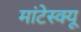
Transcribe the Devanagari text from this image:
मांटेस्क्यू